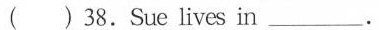
( )38.Sue lives in___.